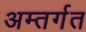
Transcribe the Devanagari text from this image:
अम्तर्गत